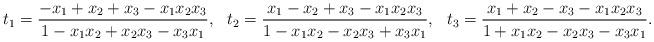
LaTeX: \begin{align*} t_1 &= \frac{-x_1+x_2+x_3-x_1x_2x_3}{1-x_1x_2+x_2x_3-x_3x_1}, & t_2 &= \frac{x_1-x_2+x_3-x_1x_2x_3}{1-x_1x_2-x_2x_3+x_3x_1}, & t_3 &= \frac{x_1+x_2-x_3-x_1x_2x_3}{1+x_1x_2-x_2x_3-x_3x_1}. \end{align*}